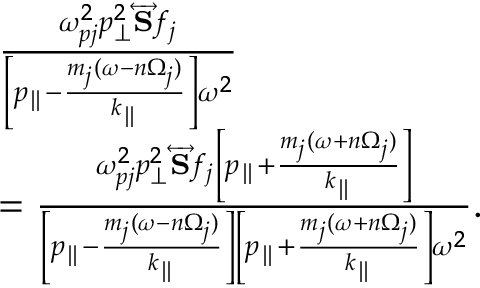
\begin{array} { r l } & { \frac { \omega _ { p j } ^ { 2 } p _ { \perp } ^ { 2 } \overleftrightarrow { \mathbf { S } } f _ { j } } { \left[ p _ { \parallel } - \frac { m _ { j } ( \omega - n \Omega _ { j } ) } { k _ { \parallel } } \right] \omega ^ { 2 } } } \\ & { = \frac { \omega _ { p j } ^ { 2 } p _ { \perp } ^ { 2 } \overleftrightarrow { \mathbf { S } } f _ { j } \left[ p _ { \parallel } + \frac { m _ { j } ( \omega + n \Omega _ { j } ) } { k _ { \parallel } } \right] } { \left[ p _ { \parallel } - \frac { m _ { j } ( \omega - n \Omega _ { j } ) } { k _ { \parallel } } \right] \left[ p _ { \parallel } + \frac { m _ { j } ( \omega + n \Omega _ { j } ) } { k _ { \parallel } } \right] \omega ^ { 2 } } . } \end{array}